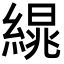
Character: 𦃻